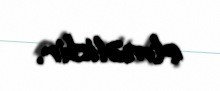
etməlidir.